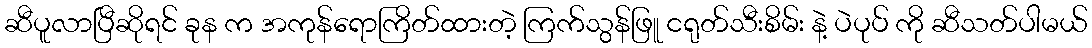
ဆီပူလာပြီဆိုရင် ခုန က အကုန်ရောကြိတ်ထားတဲ့ ကြက်သွန်ဖြူ ငရုတ်သီးစိမ်း နဲ့ ပဲပုပ် ကို ဆီသတ်ပါမယ်